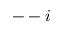
-- i